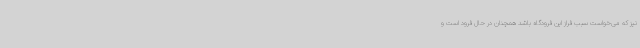
نیز که می‌خواست سبب فراز این فرودگاه باشد همچنان در حال فرود است و